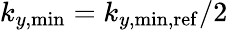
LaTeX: k_{y,\mathrm{min}}=k_{y,\mathrm{min,ref}}/2